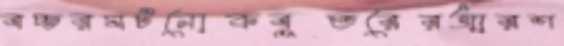
বচ্চরঘটনোকবুতরেরআরশ